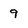
Character: 9